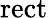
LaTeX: \operatorname{rect}